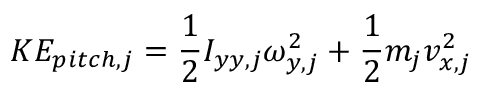
K E _ { p i t c h , j } = \frac { 1 } { 2 } I _ { y y , j } \omega _ { y , j } ^ { 2 } + \frac { 1 } { 2 } m _ { j } v _ { x , j } ^ { 2 }